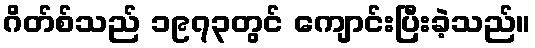
ဂိတ်စ်သည် ၁၉၇၃တွင် ကျောင်းပြီးခဲ့သည်။